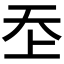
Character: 𡗶